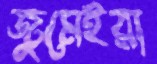
জুমেইরা